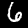
Label: 6